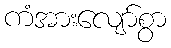
ကံအားလျော်စွာ